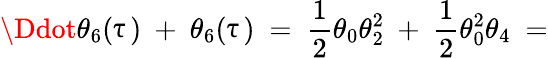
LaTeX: \Ddot{\theta}_{6}(\uptau)\ +\ \theta_{6}(\uptau)\ =\ \frac{1}{2}\theta_{0}\theta_{2}^{2}\ +\ \frac{1}{2}\theta_{0}^{2}\theta_{4}\ =